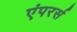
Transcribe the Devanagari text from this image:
एंपरर्स